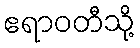
ဧရာဝတီသို့